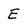
Character: E